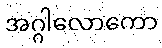
အဂ္ဂါလောကော